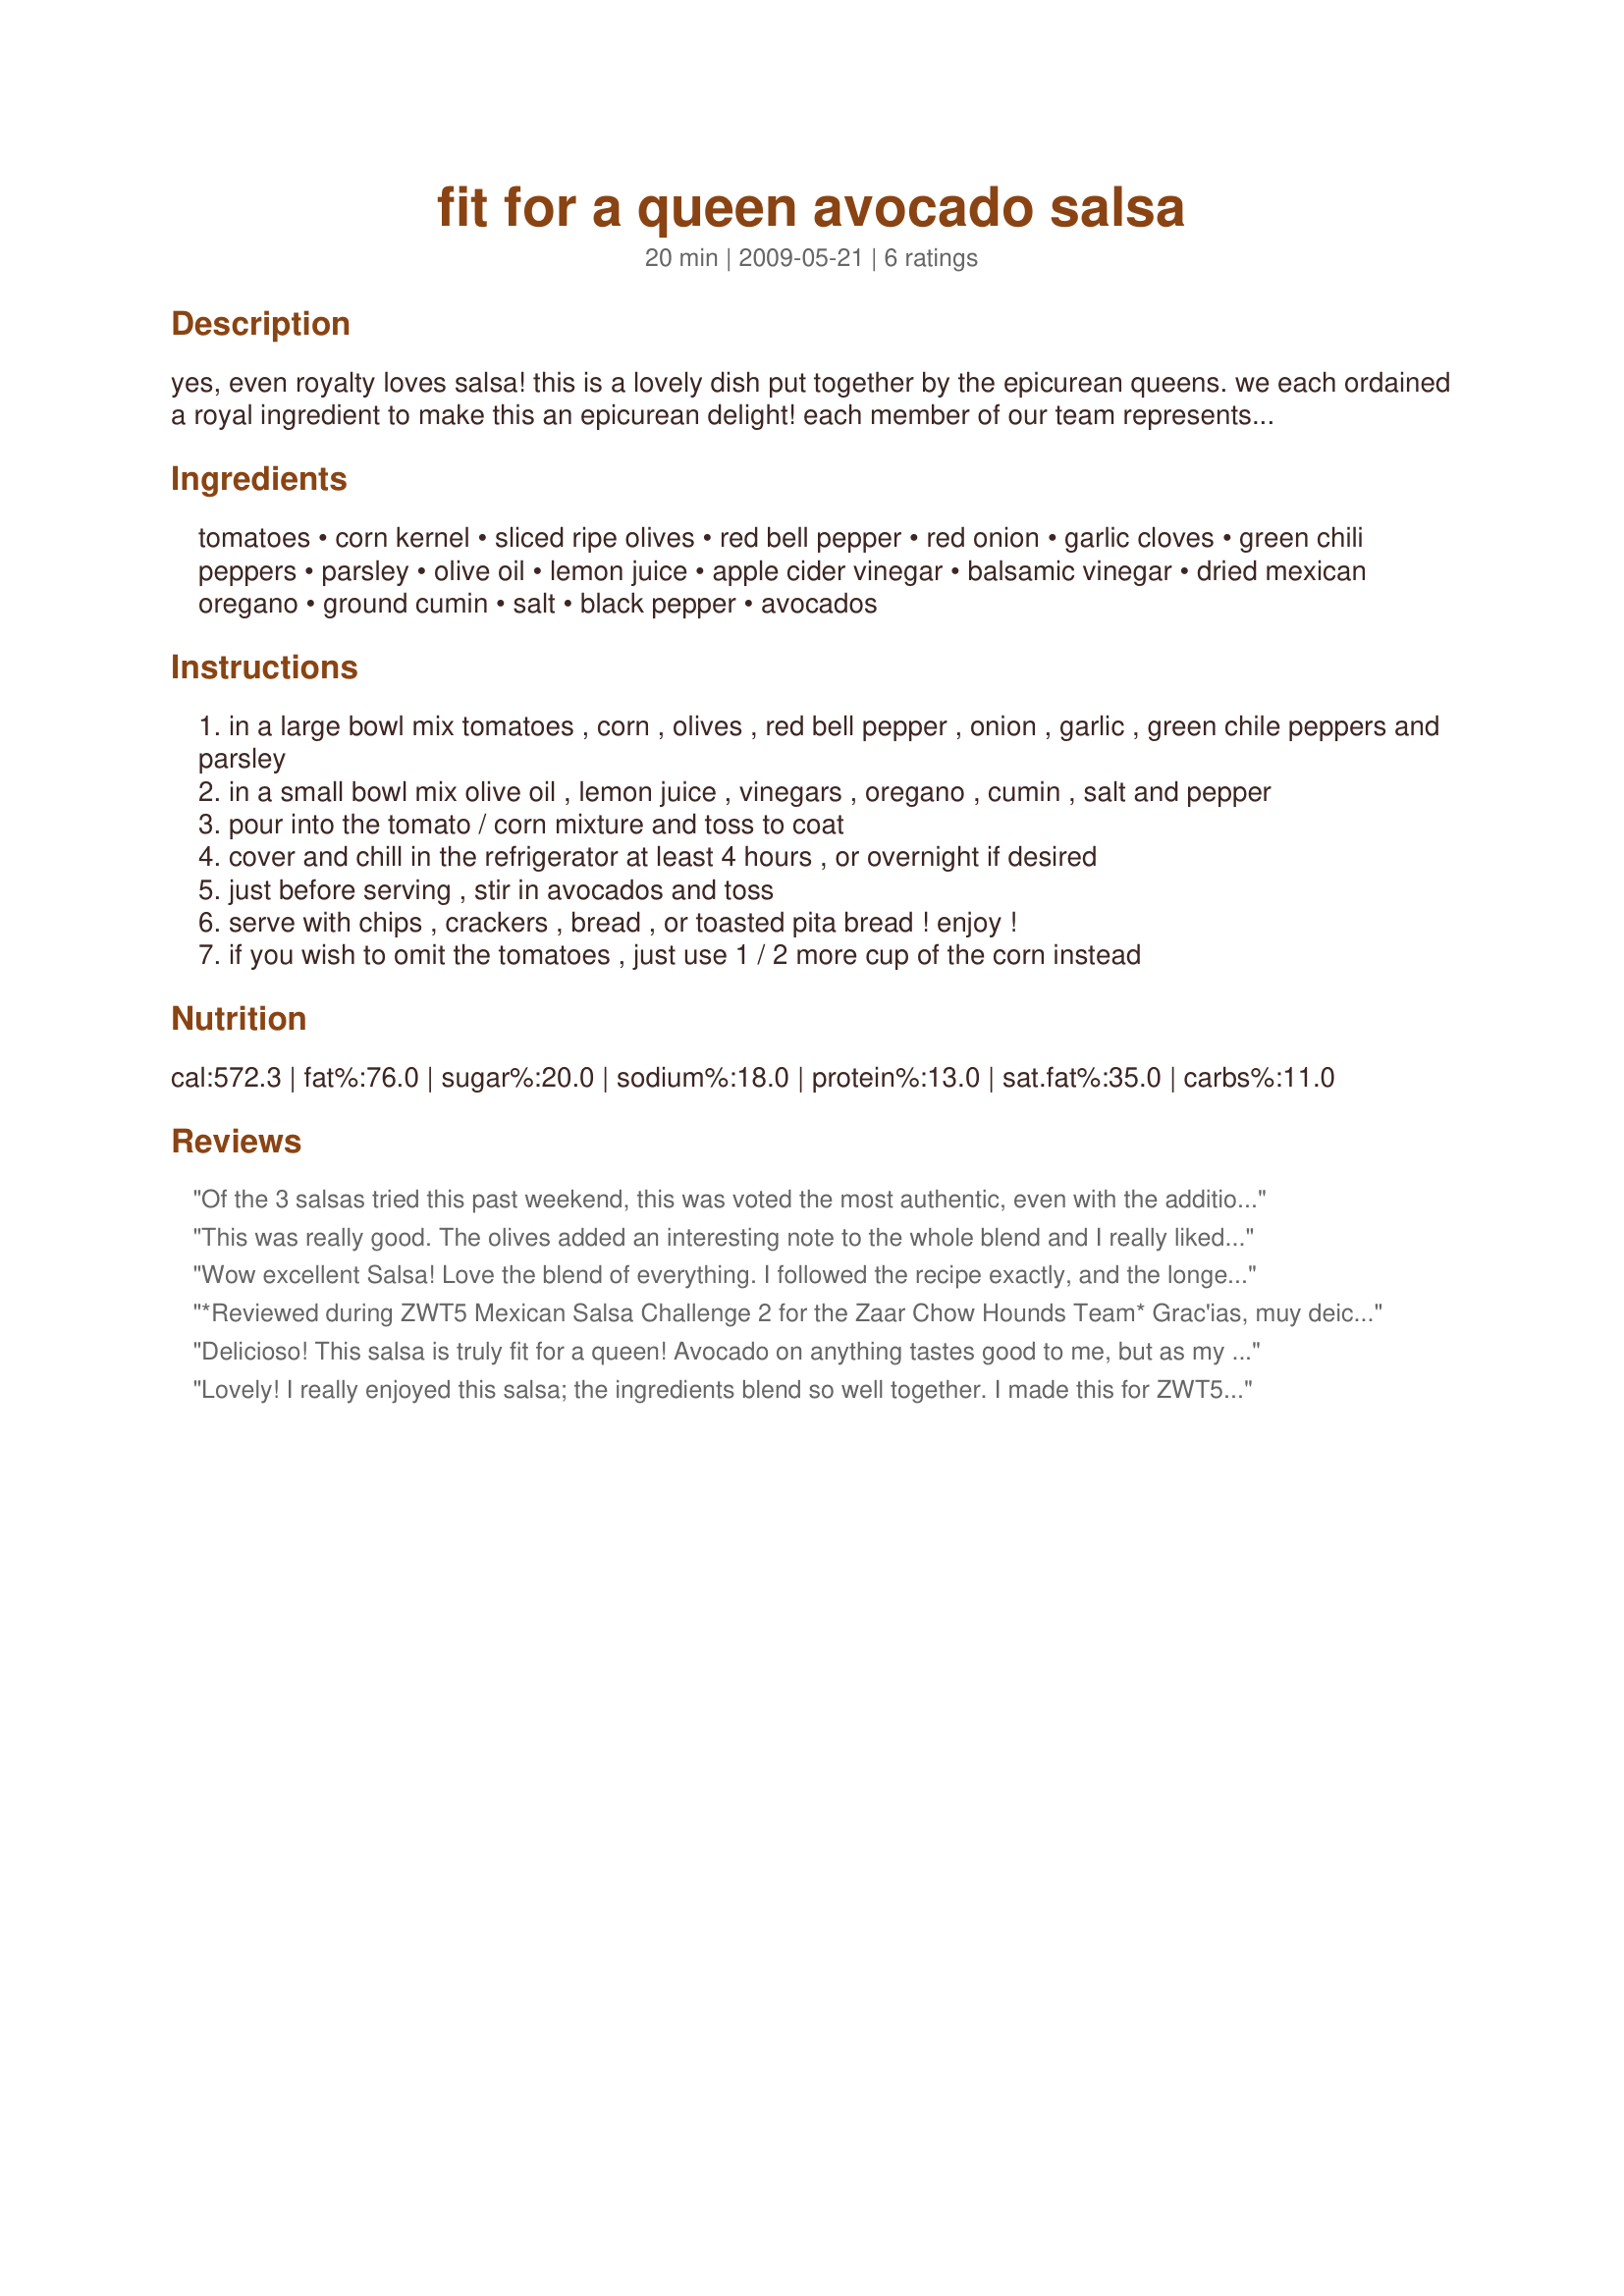
fit for a queen avocado salsa
Preparation time: 20 minutes

yes, even royalty loves salsa! this is a lovely dish put together by the epicurean queens. we each ordained a royal ingredient to make this an epicurean delight! each member of our team represents an ingredient in the recipe:
scarlett - peppers because she can be firey or sweet__
sharon123 - avocados because she grew up in south florida where they grow and she loves them!__
bakinbaby - salt and pepper because it's the color of her hair(sometimes!)
cookiedog - lemon juice becauses she's tart!__
lifeisgood - corn because she can be corny__
paula - cumin because she's from the southwest-texas__
jellyko - mexican oregano becausse she loves mexican food__
sarah in new york -parsley/cilantro because it's green and she's irish!__
californiajan - tomatoes because after loosing almost 60 pounds in the last 8 months i'm one hot tomato!! __
carolat - garlic cloves because i like to "kick it up a notch".

Ingredients:
tomatoes, corn kernel, sliced ripe olives, red bell pepper, red onion, garlic cloves, green chili peppers, parsley, olive oil, lemon juice, apple cider vinegar, balsamic vinegar, dried mexican oregano, ground cumin, salt, black pepper, avocados

Steps:
in a large bowl mix tomatoes , corn , olives , red bell pepper , onion , garlic , green chile peppers and parsley
in a small bowl mix olive oil , lemon juice , vinegars , oregano , cumin , salt and pepper
pour into the tomato / corn mixture and toss to coat
cover and chill in the refrigerator at least 4 hours , or overnight if desired
just before serving , stir in avocados and toss
serve with chips , crackers , bread , or toasted pita bread ! enjoy !
if you wish to omit the tomatoes , just use 1 / 2 more cup of the corn instead

Reviews:
Of the 3 salsas tried this past weekend, this was voted the most authentic, even with the addition of the vinegars! Personally? I think it was inspired thinking! Thnx for posting, Epicurean Queens! Well done. Made for ZWT5 for RRR
This was really good. The olives added an interesting note to the whole blend and I really liked it. A little tarter than what I'm used to in a salsa, but very refreshing. Thanks.
Wow excellent Salsa! Love the blend of everything. I followed the recipe exactly, and the longer the salsa sit's the more the flavors blend :) Wonderful, thank you, made by a member from "Cooks With Dirty Faces" for ZWT5
*Reviewed during ZWT5 Mexican Salsa Challenge 2 for the Zaar Chow Hounds Team* Grac'ias, muy deicioso Epiqurean Queens!
This salsa was surprisingly good. It did seem to have a lot of ingredients, but came together very quickly. A good blend of flavors and textures. I chilled The mix for about 5 hours and the resting time really did blend the flavours. Served with corn chips on the side. Photo also being posted
Delicioso! This salsa is truly fit for a queen! Avocado on anything tastes good to me, but as my dad said, it takes this salsa to another level. I loved the cilantro and cumin option and added some serrano peppers. Viva las Reynas! Made for ZWT 5
Lovely! I really enjoyed this salsa; the ingredients blend so well together. I made this for ZWT5. I am amazed at how wonderful salsa is; I used to think there was just the bottled tomato kind; wow! I served this with Tostitos Multigrain round; very very good. Thank you,
Rita
